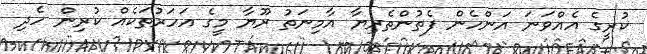
ކުރީގެ އެއްވަނަ އަންހެން ފެތުންތެރިޔާ އާމިނަތު ރޫޔާ މީގެ އަހަރުތަކެއް ކުރިން ހެދި